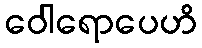
ဝေါရောပေဟိ